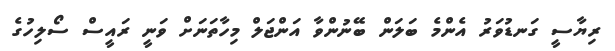
ރިޔާސީ ގަނޑުވަރު އެންމެ ބަލަން ބޭނުންވާ އަންޖަލް މިހާތަނަށް ވަނީ ރައީސް ސޯލިހުގެ